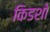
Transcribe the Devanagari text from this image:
किडशो